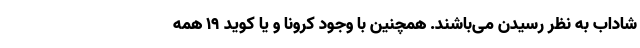
شاداب به نظر رسیدن می‌باشند. همچنین با وجود کرونا و یا کوید 19 همه